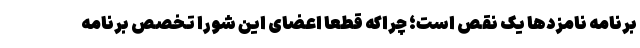
برنامه نامزدها یک نقص است؛ چراکه قطعاً اعضای این شورا تخصص برنامه